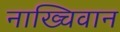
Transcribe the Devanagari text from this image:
नाख्चिवान